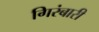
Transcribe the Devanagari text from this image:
गिरंबारी